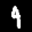
Label: 4